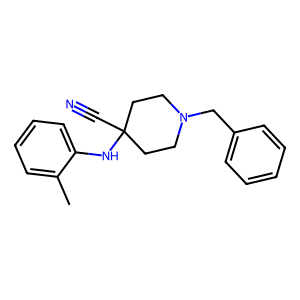
SMILES: Cc1ccccc1NC1(C#N)CCN(Cc2ccccc2)CC1
Inhibits HIV replication: No